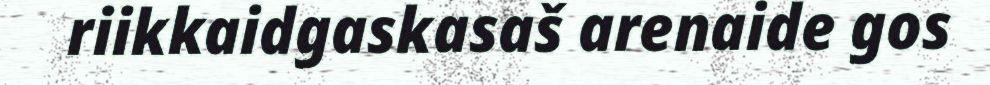
riikkaidgaskasaš arenaide gos